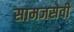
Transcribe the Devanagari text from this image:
सामजसेवी